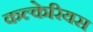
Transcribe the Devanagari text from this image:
कल्केरियस